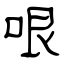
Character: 哏